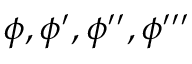
\phi , \phi ^ { \prime } , \phi ^ { \prime \prime } , \phi ^ { \prime \prime \prime }